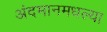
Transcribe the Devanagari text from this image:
अंदमानमधल्या